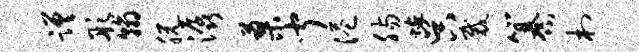
蹉彤翰脱潺蓼闻港肠蜿吴裁纂村